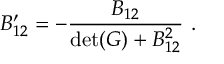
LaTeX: B _ { 1 2 } ^ { \prime } = - { \frac { B _ { 1 2 } } { \operatorname * { d e t } ( G ) + B _ { 1 2 } ^ { 2 } } } ~ .